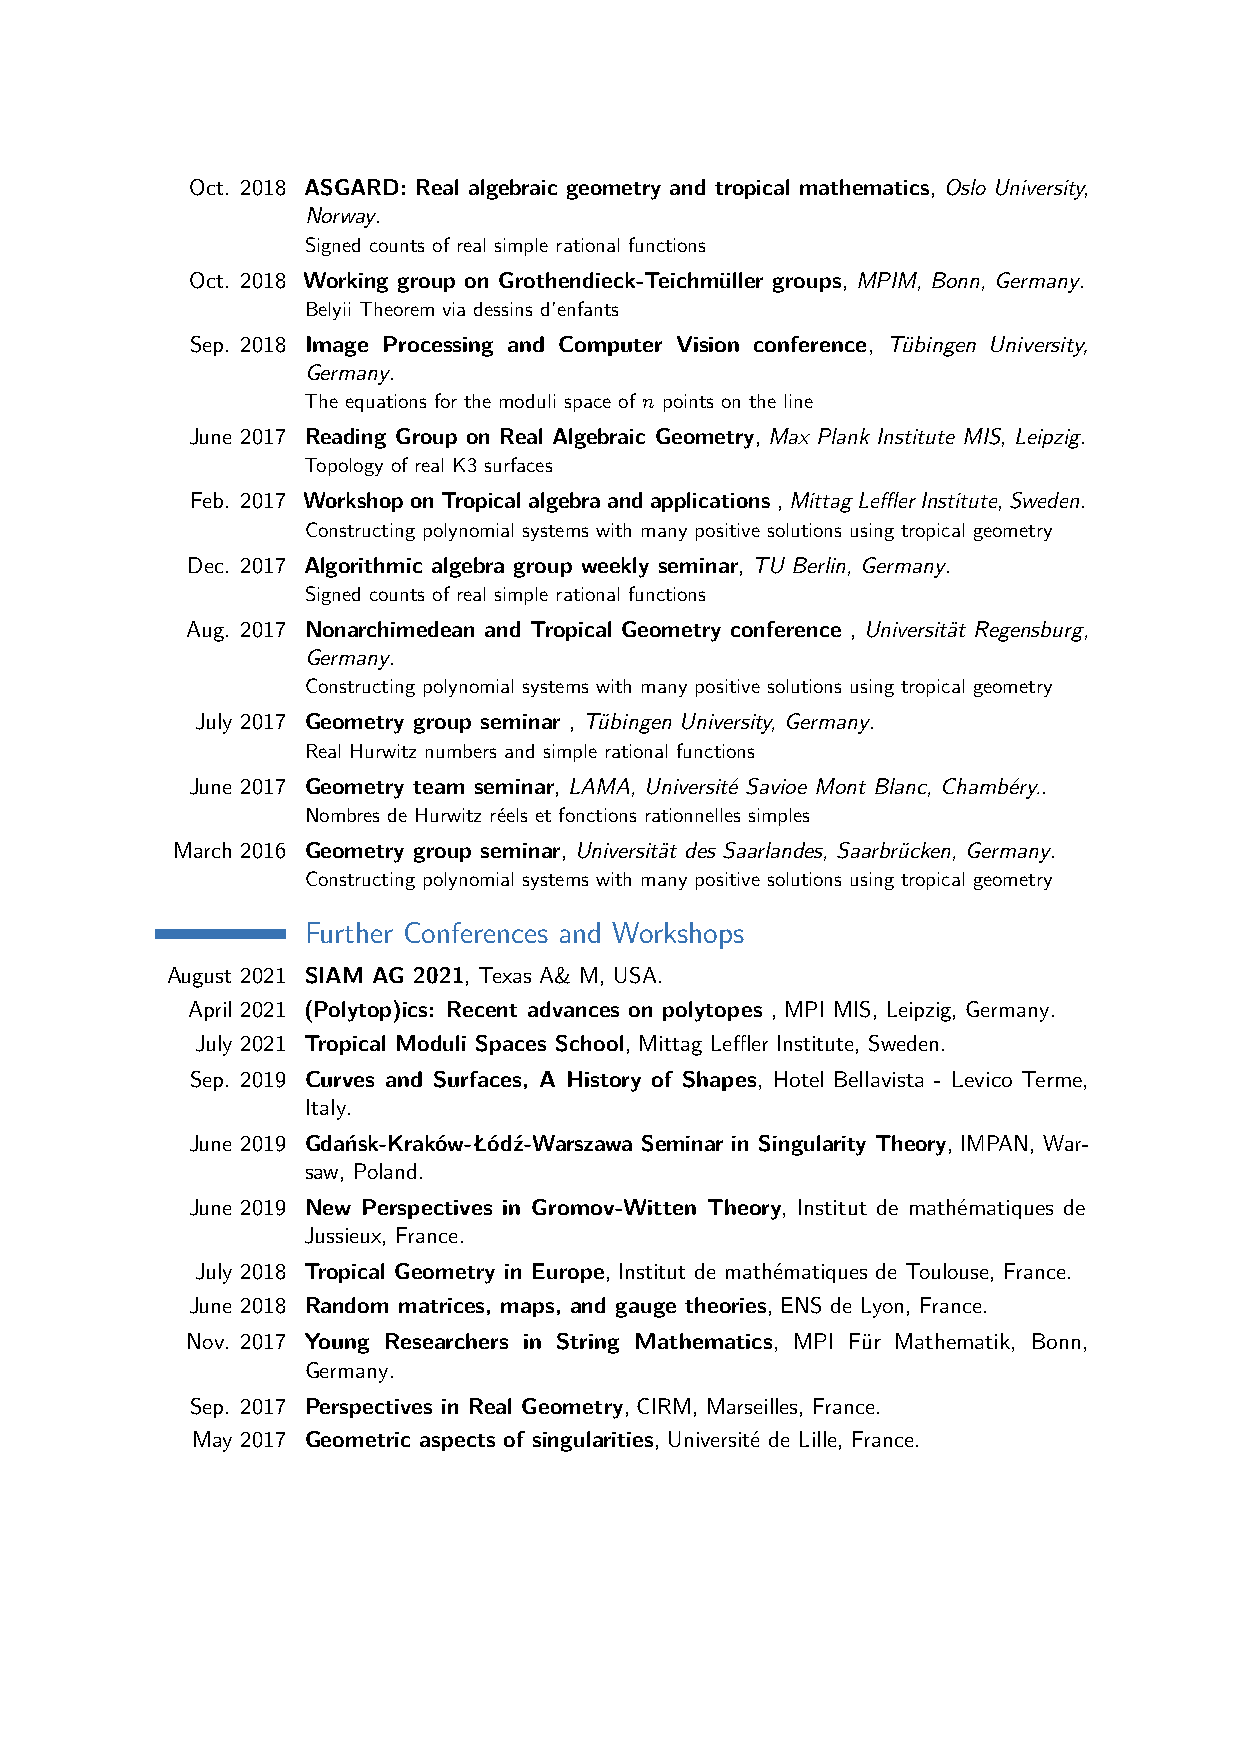
Oct. 2018 ASGARD: Real algebraic geometry and tropical mathematics, Oslo University,
 Norway.
 Signed counts of real simple rational functions
 Oct. 2018 Working group on Grothendieck-Teichmüller groups, MPIM, Bonn, Germany.
 Belyii Theorem via dessins d’enfants
 Sep. 2018 Image Processing and Computer Vision conference, Tübingen University,
 Germany.
 The equations for the moduli space of n points on the line
 June 2017 Reading Group on Real Algebraic Geometry, Max Plank Institute MIS, Leipzig.
 Topology of real K3 surfaces
 Feb. 2017 WorkshoponTropicalalgebraandapplications,MittagLefflerInstitute,Sweden.
 Constructing polynomial systems with many positive solutions using tropical geometry
 Dec. 2017 Algorithmic algebra group weekly seminar, TU Berlin, Germany.
 Signed counts of real simple rational functions
 Aug. 2017 Nonarchimedean and Tropical Geometry conference , Universität Regensburg,
 Germany.
 Constructing polynomial systems with many positive solutions using tropical geometry
 July 2017 Geometry group seminar , Tübingen University, Germany.
 Real Hurwitz numbers and simple rational functions
 June 2017 Geometry team seminar, LAMA, Université Savioe Mont Blanc, Chambéry..
 Nombres de Hurwitz réels et fonctions rationnelles simples
 March 2016 Geometry group seminar, Universität des Saarlandes, Saarbrücken, Germany.
 Constructing polynomial systems with many positive solutions using tropical geometry
 Further Conferences and Workshops
 August 2021 SIAM AG 2021, Texas A& M, USA.
 April 2021 (Polytop)ics: Recent advances on polytopes , MPI MIS, Leipzig, Germany.
 July 2021 Tropical Moduli Spaces School, Mittag Leffler Institute, Sweden.
 Sep. 2019 Curves and Surfaces, A History of Shapes, Hotel Bellavista - Levico Terme,
 Italy.
 June 2019 Gdańsk-Kraków-Łódź-Warszawa Seminar in Singularity Theory, IMPAN, War-
 saw, Poland.
 June 2019 New Perspectives in Gromov-Witten Theory, Institut de mathématiques de
 Jussieux, France.
 July 2018 Tropical Geometry in Europe, Institut de mathématiques de Toulouse, France.
 June 2018 Random matrices, maps, and gauge theories, ENS de Lyon, France.
 Nov. 2017 Young Researchers in String Mathematics, MPI Für Mathematik, Bonn,
 Germany.
 Sep. 2017 Perspectives in Real Geometry, CIRM, Marseilles, France.
 May 2017 Geometric aspects of singularities, Université de Lille, France.